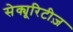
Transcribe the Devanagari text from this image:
सेक्यूरिटीज़